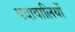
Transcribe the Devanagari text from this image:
पदावालियों